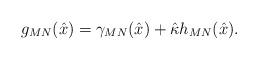
LaTeX: \begin{align*}g_{MN}(\hat{x})= \gamma_{MN}(\hat{x}) + \hat \kappa h_{MN}(\hat{x}). \end{align*}